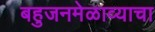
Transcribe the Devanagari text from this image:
बहुजनमेळाव्याचा